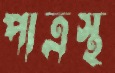
পাত্রস্থ